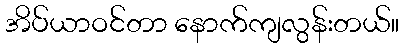
အိပ်ယာဝင်တာ နောက်ကျလွန်းတယ်။